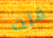
فلت